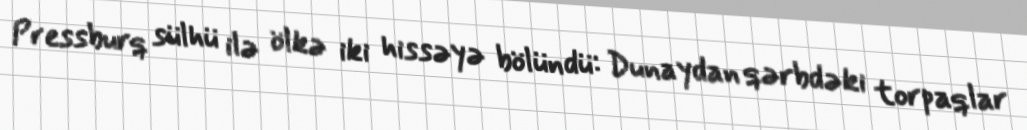
Pressburq sülhü ilə ölkə iki hissəyə bölündü: Dunaydan qərbdəki torpaqlar